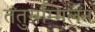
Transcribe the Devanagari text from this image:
तंतुसम्मिलन